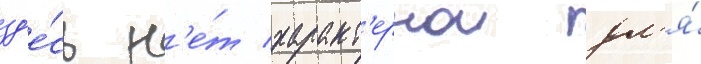
зд'е́сь н'е́т характ'ернои дл'я́